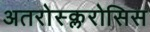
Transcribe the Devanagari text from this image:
अतरोस्क्लरोसिस